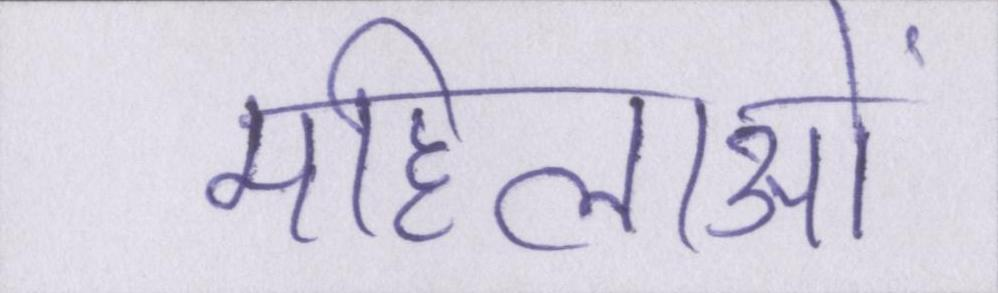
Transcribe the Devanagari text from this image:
महिलाओं